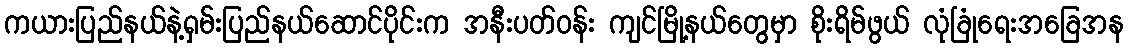
ကယားပြည်နယ်နဲ့ရှမ်းပြည်နယ်ဆောင်ပိုင်းက အနီးပတ်ဝန်း ကျင်မြို့နယ်တွေမှာ စိုးရိမ်ဖွယ် လုံခြုံရေးအခြေအန